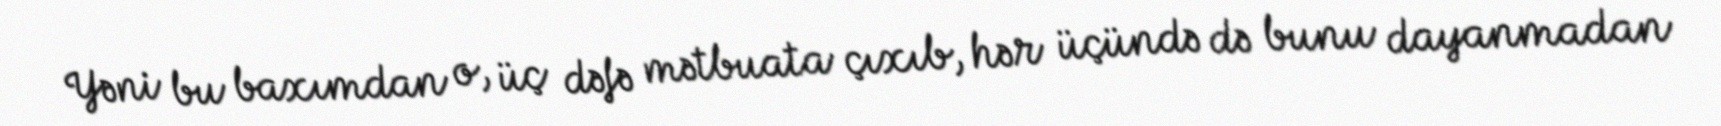
Yəni bu baxımdan o, üç dəfə mətbuata çıxıb, hər üçündə də bunu dayanmadan